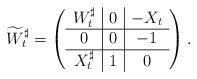
LaTeX: \begin{align*}\widetilde{W}_t^{\sharp}=\left(\begin{array}{c|c|c}W_t^{\sharp} & 0 & -X_t \\\hline 0 & 0 & -1 \\\hline X_t^{\sharp} & 1 & 0\end{array}\right).\end{align*}